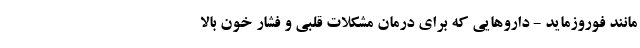
مانند فوروزماید - داروهایی که برای درمان مشکلات قلبی و فشار خون بالا